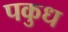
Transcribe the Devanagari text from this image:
पकुध